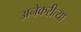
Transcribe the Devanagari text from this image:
अनेकरीत्या